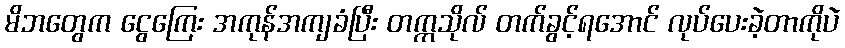
မိဘတွေက ငွေကြေး အကုန်အကျခံပြီး တက္ကသိုလ် တက်ခွင့်ရအောင် လုပ်ပေးခဲ့တာကိုပဲ